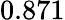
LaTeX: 0.871